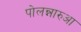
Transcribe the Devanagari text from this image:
पोलन्नारुआ